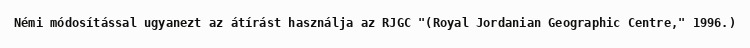
Némi módosítással ugyanezt az átírást használja az RJGC "(Royal Jordanian Geographic Centre," 1996.)